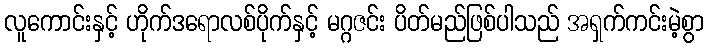
လူကောင်းနှင့် ဟိုက်ဒရောလစ်ပိုက်နှင့် မဂ္ဂဇင်း ပိတ်မည်ဖြစ်ပါသည် အရှက်ကင်းမဲ့စွာ